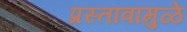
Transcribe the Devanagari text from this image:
प्रस्तावामुळे